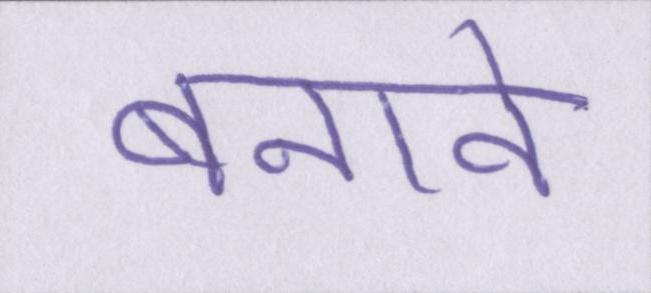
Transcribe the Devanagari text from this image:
बनावे